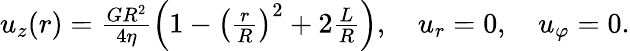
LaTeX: \begin{array}{r}{u_{z}(r)=\frac{GR^{2}}{4\eta}\left(1-\left(\frac{r}{R}\right)^{2}+2\frac{L}{R}\right),\quad u_{r}=0,\quad u_{\varphi}=0.}\end{array}